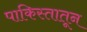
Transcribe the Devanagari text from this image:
पाकिस्तातून